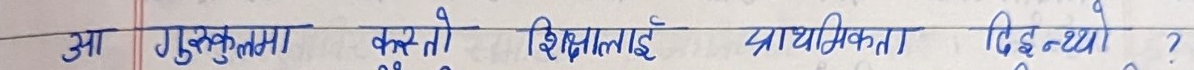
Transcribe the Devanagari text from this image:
आ गुरुकुलमा कस्तो शिक्षालाई प्राथमिकता दिइन्थ्यो ?